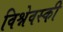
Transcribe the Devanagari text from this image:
विश्नेवस्की